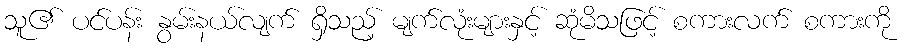
သူ၏ ပင်ပန်း နွမ်းနယ်လျက် ရှိသည့် မျက်လုံးများနှင့် ဆုံမိသဖြင့် စကားလက် စကားကို